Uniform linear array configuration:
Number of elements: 32
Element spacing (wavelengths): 0.75
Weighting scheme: uniform
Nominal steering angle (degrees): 0
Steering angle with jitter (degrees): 0.1691
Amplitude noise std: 0.05
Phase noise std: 0.05

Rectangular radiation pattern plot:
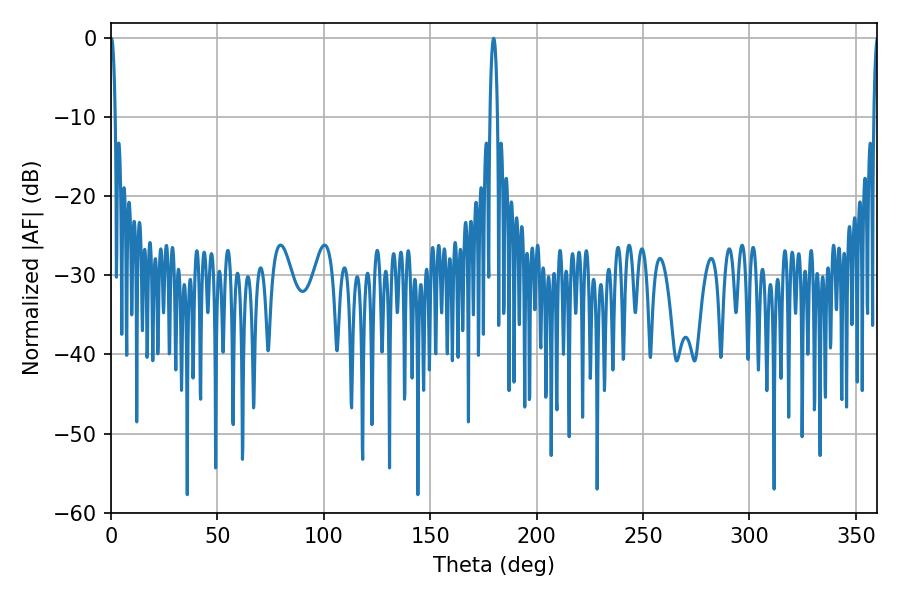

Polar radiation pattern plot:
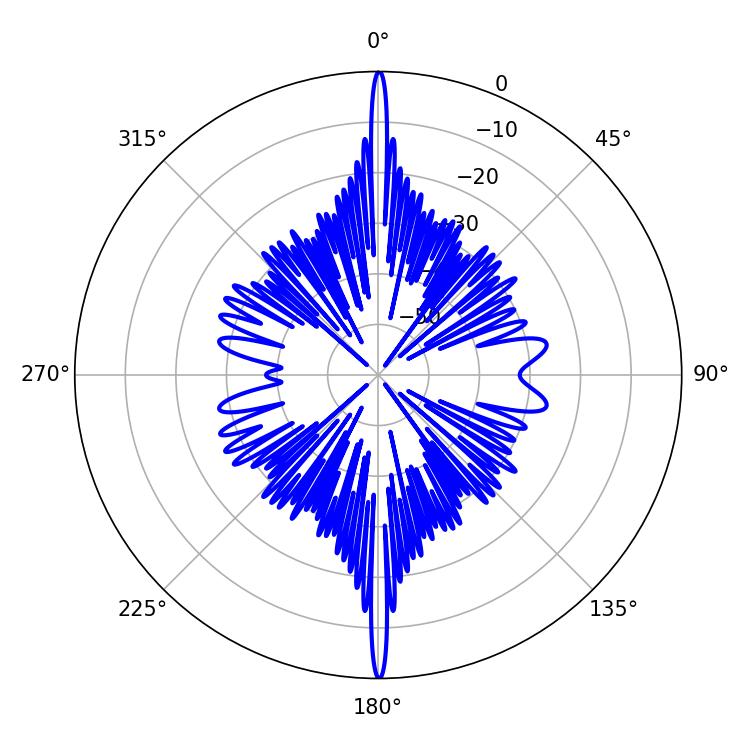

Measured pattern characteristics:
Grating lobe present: TRUE
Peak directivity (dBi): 36.523
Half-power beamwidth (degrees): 1.08
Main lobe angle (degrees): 0.18